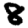
Digit: 8